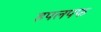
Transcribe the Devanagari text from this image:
हपलपफ